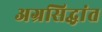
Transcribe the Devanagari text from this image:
अग्रसिद्धांत